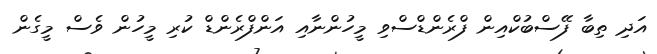
އަދި ތިބާ ފޭސްބުކްއިން ފްރެންޑްސްވި މީހުންނާއި އަންފްރެންޑް ކުރި މީހުން ވެސް މީގެން